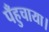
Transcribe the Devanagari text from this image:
पँहुचाया।